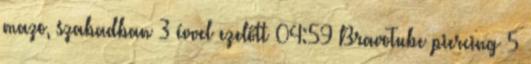
mazo, szabadban 3 évvel ezelőtt 04:59 BravoTube piercing 5